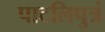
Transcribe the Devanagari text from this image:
पाटलिपुत्रं